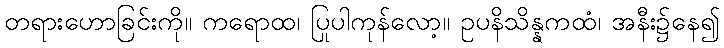
တရားဟောခြင်းကို။ ကရောထ၊ ပြုပါကုန်လော့။ ဥပနိသိန္နကထံ၊ အနီး၌နေ၍